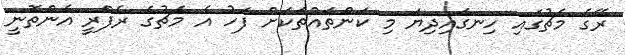
ރޭގެ މެޗުގައި ހިނގައިދިޔަ މި ކަންތައްތަކަށް ފަހު އެ މެޗުގެ ރެފްރީ އެންތޮނީ